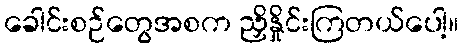
ခေါင်းစဉ်တွေအစက ညှိနှိုင်းကြတယ်ပေါ့။